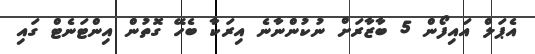
އެޕަލް އައިފޯން 5 ބާޒާރަށް ނުކުންނާނެ އިރަކާ ބެހޭ ގޮތުން އިންޓަނެޓް ގައި